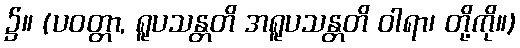
၌။ (ပဝတ္တာ, ရူပသန္တတိ အရူပသန္တတိ ဝါရာ၊ တို့ကို။)